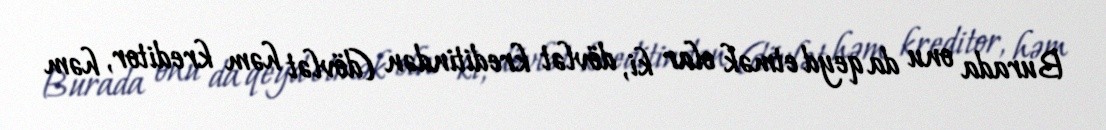
Burada onu da qeyd etmək olar ki, dövlət kreditindən (dövlət həm kreditor, həm